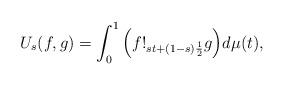
LaTeX: \begin{align*}U_s(f,g)=\int_0^1\Big(f!_{st+(1-s)\frac{1}{2}}g\Big)d\mu(t),\end{align*}